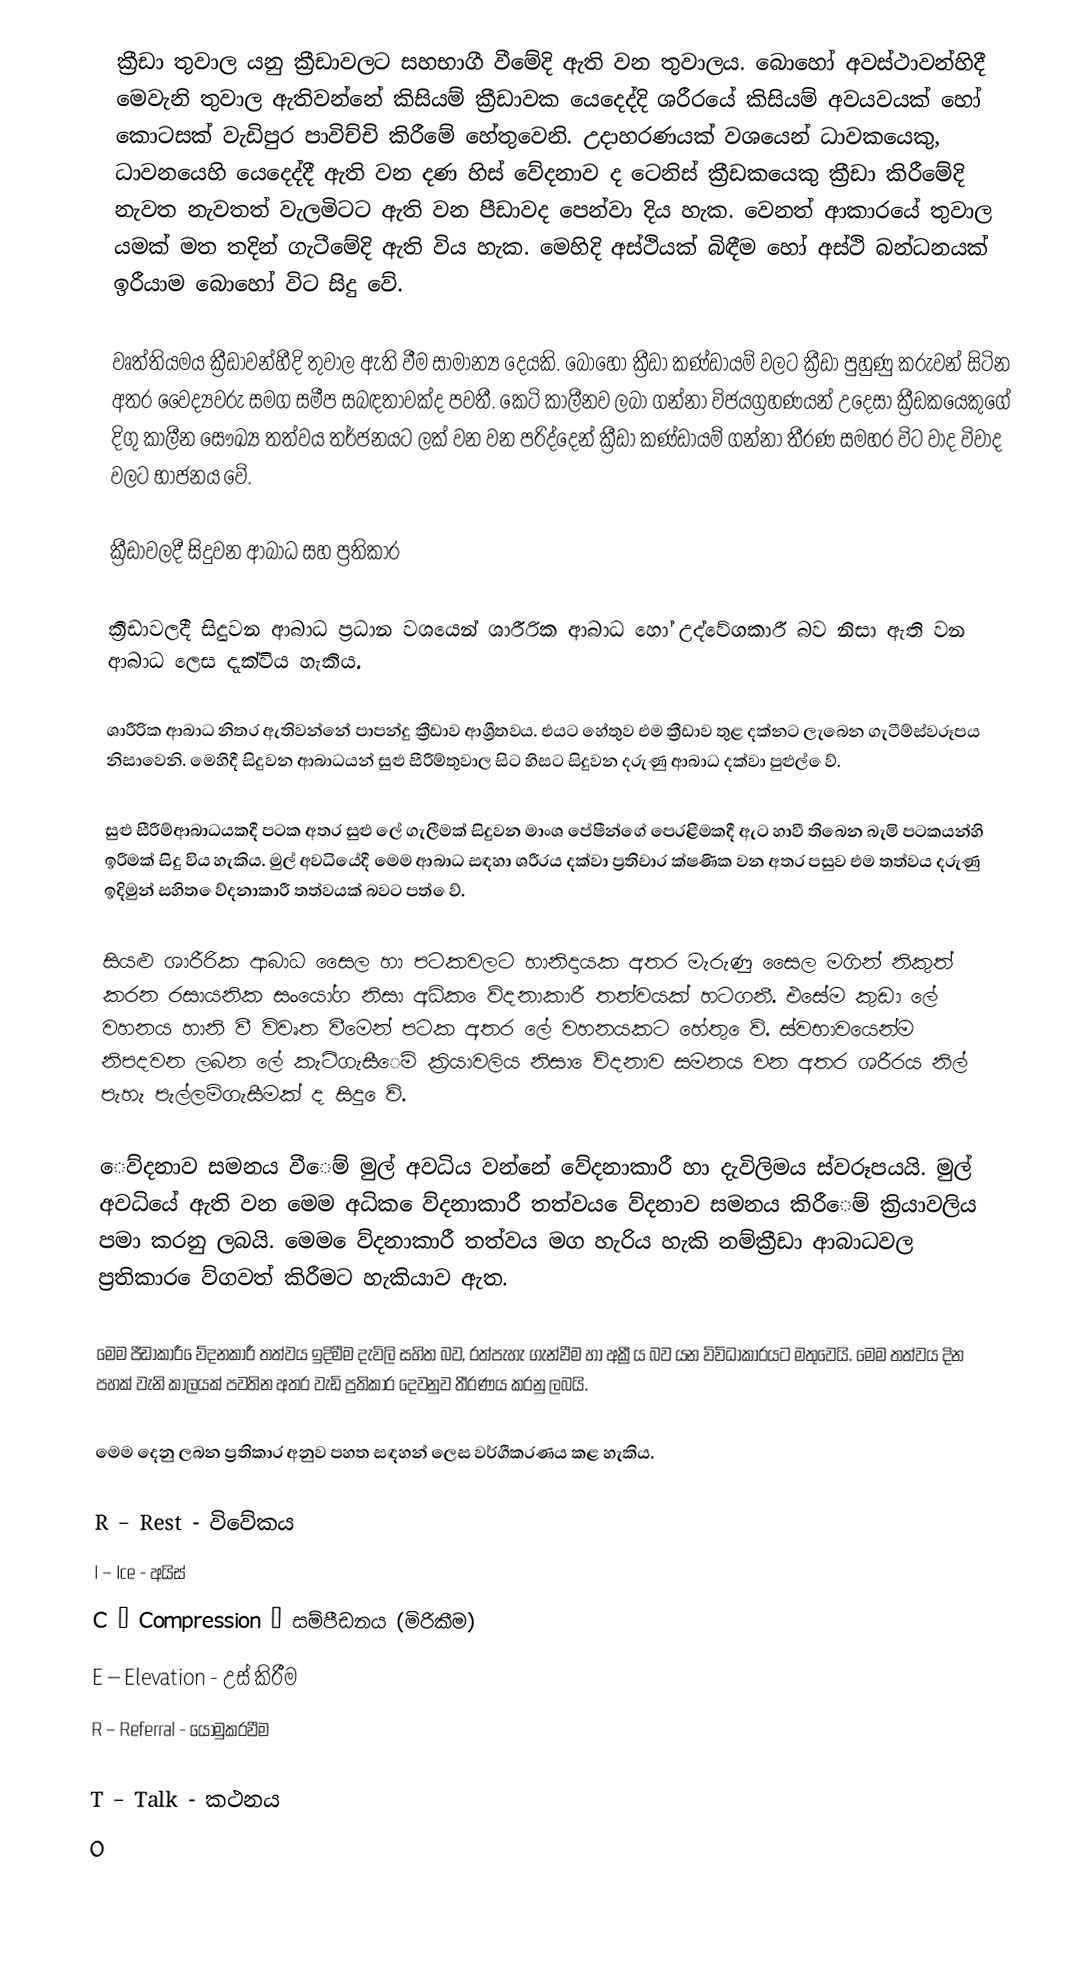
ක්‍රීඩා තුවාල යනු ක්‍රීඩාවලට සහභාගී වීමේදි ඇති වන තුවාලය. බොහෝ අවස්ථාවන්හිදී මෙවැනි තුවාල ඇතිවන්නේ කිසියම් ක්‍රීඩාවක යෙදෙද්දි ශරීරයේ කිසියම් අවයවයක් හෝ කොටසක් වැඩිපුර පාවිච්චි කිරීමේ හේතුවෙනි. උදාහරණයක් වශයෙන් ධාවකයෙකු, ධාවනයෙහි යෙදෙද්දී ඇති වන දණ හිස් වේදනාව ද ටෙනිස් ක්‍රීඩකයෙකු ක්‍රීඩා කිරීමේදි නැවත නැවතත් වැලමිටට ඇති වන පීඩාවද පෙන්වා දිය හැක. වෙනත් ආකාරයේ තුවාල යමක් මත තදින් ගැටීමේදි ඇති විය හැක. මෙහිදි අස්ථියක් බිඳීම හෝ අස්ථි බන්ධනයක් ඉරීයාම බොහෝ විට සිදු වේ.

වෘත්තියමය ක්‍රීඩාවන්හීදි තුවාල ඇති වීම සාමාන්‍ය දෙයකි. බොහෝ ක්‍රීඩා කණ්ඩායම් වලට ක්‍රීඩා පුහුණු කරුවන් සිටින අතර වෛද්‍යවරු සමග සමීප සබඳතාවක්ද පවතී. කෙටි කාලීනව ලබා ගන්නා විජයග්‍රහණයන් උදෙසා ක්‍රීඩකයෙකුගේ දිගු කාලීන සෞඛ්‍ය තත්වය තර්ජනයට ලක් වන වන පරිද්දෙන් ක්‍රීඩා කණ්ඩායම් ගන්නා තීරණ සමහර විට වාද විවාද වලට භාජනය වේ.

ක්‍රීඩාවලදී සිදුවන ආබාධ සහ ප්‍රතිකාර

ක්‍රීඩාවලදී සිදුවන ආබාධ ප්‍රධාන වශයෙන් ශාරීරික ආබාධ හෝ උද්වේගකාරී බව නිසා ඇති වන ආබාධ ලෙස දැක්විය හැකිය.

ශාරීරික ආබාධ නිතර ඇතිවන්නේ පාපන්දු  ක්‍රීඩාව ආශ්‍රීතවය. එයට හේතුව එම ක්‍රීඩාව තුළ දක්නට ලැබෙන ගැටීම්‍ස්වරූපය නිසාවෙනි. මෙහිදී සිදුවන ආබාධයන් සුළු සීරීම්‍තුවාල සිට හිසට සිදුවන දරුණු ආබාධ දක්වා පුළුල් ‍ෙව්‍.

සුළු සීරීම්‍ආබාධයකදී පටක අතර සුළු ලේ ගැලීමක් සිදුවන මාංශ පේෂීන්ගේ පෙරළීමකදී ඇට හාවී තිබෙන බැමි පටකයන්හි ඉරීමක් සිදු විය හැකිය. මුල් අවධියේදී මෙම ආබාධ සඳහා ශරීරය දක්වා ප්‍රතිචාර ක්ෂණික වන අතර පසුව එම තත්වය දරුණු ඉදිමුන් සහිත ‍ෙව්‍දනාකාරී තත්වයක් බවට පත් ‍ෙව්‍.

සියළු ශාරීරික ආබාධ සෛල හා පටකවලට හානිදායක අතර මැරුණු සෛල මගින් නිකුත් කරන රසායනික සංයෝග නිසා අධික ‍ෙව්‍දනාකාරී තත්වයක් හටගනී. එසේම කුඩා ලේ වහනය හානි වී විවෘත වීමෙන් පටක අතර ලේ වහනයකට හේතු ‍ෙව්‍. ස්වභාවයෙන්ම නිපදවන ලබන ලේ කැටිගැසී‍ෙම්‍ ක්‍රියාවලිය නිසා ‍ෙව්‍දනාව සමනය වන අතර ශරීරය නිල් පැහැ පැල්ලම්‍ගැසීමක් ද සිදු ‍ෙව්‍.

‍ෙව්‍දනාව සමනය වී‍ෙම් මුල් අවධිය වන්නේ වේදනාකාරී හා දැවිලිමය ස්වරූපයයි. මුල් අවධියේ ඇති වන මෙම අධික ‍ෙව්‍දනාකාරී තත්වය ‍ෙව්‍දනාව සමනය කිරී‍ෙම් ක්‍රියාවලිය පමා කරනු ලබයි. මෙම ‍‍ෙව්‍දනාකාරී තත්වය මග හැරිය හැකි නම්‍ක්‍රීඩා ආබාධවල ප්‍රතිකාර ‍ෙව්‍ගවත් කිරීමට හැකියාව ඇත.

මෙම පීඩාකාරී ‍ෙව්‍දනකාරී තත්වය ඉදිමීම දැවිලි සහිත බව, රත්පැහැ ගැන්වීම හා අක්‍රීය බව යන විවිධාකාරයට මතුවෙයි. මෙම තත්වය දින පහක් වැනි කාලයක් පවතින අතර වැඩි ප්‍රතිකාර දෙවනුව තීරණය කරනු ලබයි.

මෙම  දෙනු ලබන ප්‍රතිකාර අනුව පහත සඳහන් ලෙස වර්ගීකරණය කළ හැකිය.

R – Rest 			- විවේකය
I  –  Ice 			- අයිස්
C – Compression 		– සම්පීඩනය (මිරිකීම)
E – Elevation		- උස් කිරීම
R – Referral			- යොමුකරවීම

T – Talk			- කථනය
O